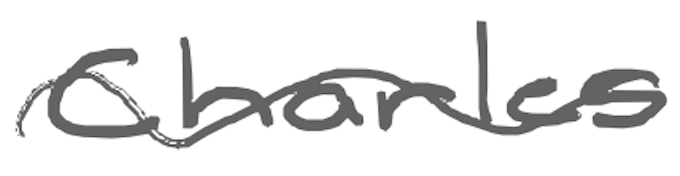
Text: Charles
Cross-out: wave
Writing tool: digital_gray